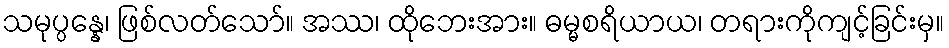
သမုပ္ပန္နေ၊ ဖြစ်လတ်သော်။ အဿ၊ ထိုဘေးအား။ ဓမ္မစရိယာယ၊ တရားကိုကျင့်ခြင်းမှ။